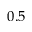
0 . 5